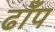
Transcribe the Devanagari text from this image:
ढाँप